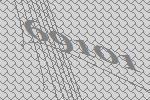
69101